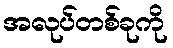
အလုပ်တစ်ခုကို